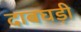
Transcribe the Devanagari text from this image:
दाबघड़ी